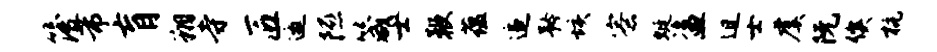
簿芾肓翔寺匠邀隰箴士鞭蕴追矜垓寮蜓盗迫士虞阮俟杭